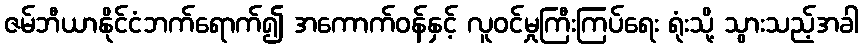
ဇမ်ဘီယာနိုင်ငံဘက်ရောက်၍ အကောက်ဝန်နှင့် လူဝင်မှုကြီးကြပ်ရေး ရုံးသို့ သွားသည့်အခါ